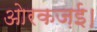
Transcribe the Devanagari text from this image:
ओरकज़ई।